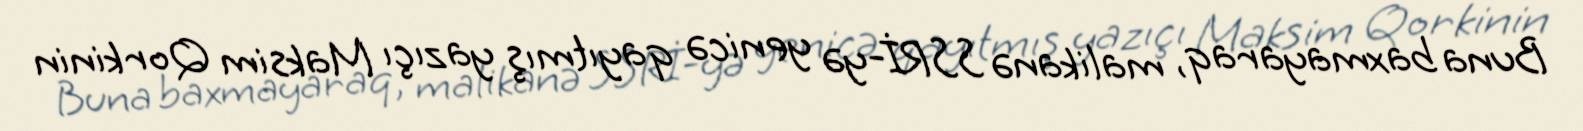
Buna baxmayaraq, malikanə SSRİ-yə yenicə qayıtmış yazıçı Maksim Qorkinin